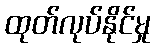
ထုတ်လုပ်နိုင်မှု